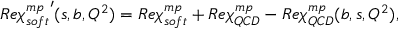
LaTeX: R e { \chi _ { s o f t } ^ { m p } } ^ { \prime } ( s , b , Q ^ { 2 } ) = R e \chi _ { s o f t } ^ { m p } + R e \chi _ { Q C D } ^ { m p } - R e \chi _ { Q C D } ^ { m p } ( b , s , Q ^ { 2 } ) ,